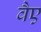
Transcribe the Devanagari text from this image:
वैए